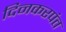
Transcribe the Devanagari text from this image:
दिनकरपंत